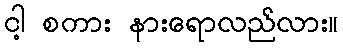
ငါ့ စကား နားရောလည်လား။